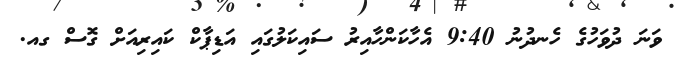
ވަނަ ދުވަހުގެ ހެނދުނު 9:40 އެހާކަންހާއިރު ސައިކަލުގައި އަޑިޕާކް ކައިރިއަށް ގޮސް ގއ.